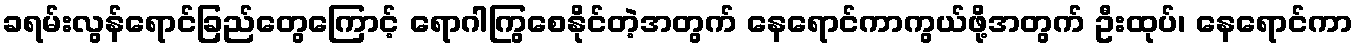
ခရမ်းလွန်ရောင်ခြည်တွေကြောင့် ရောဂါကြွစေနိုင်တဲ့အတွက် နေရောင်ကာကွယ်ဖို့အတွက် ဦးထုပ်၊ နေရောင်ကာ